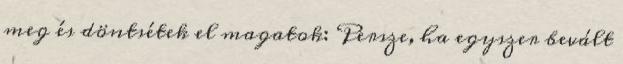
meg és döntsétek el magatok: Persze, ha egyszer bevált